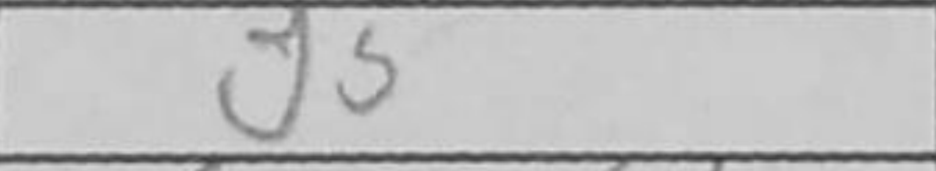
Transcription: g5